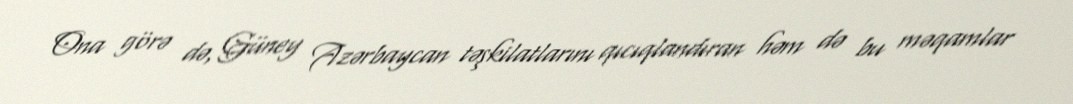
Ona görə də, Güney Azərbaycan təşkilatlarını qıcıqlandıran həm də bu məqamlar